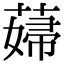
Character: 𦸱